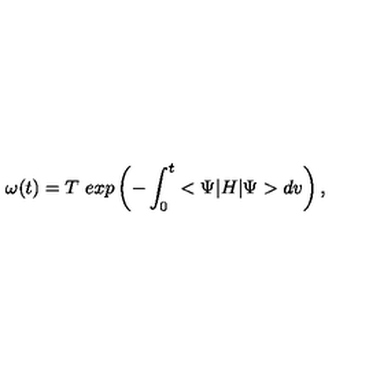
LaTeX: { \omega } ( t ) = T \ e x p \left( - \int _ { 0 } ^ { t } < \Psi | H | \Psi > d v \right) ,